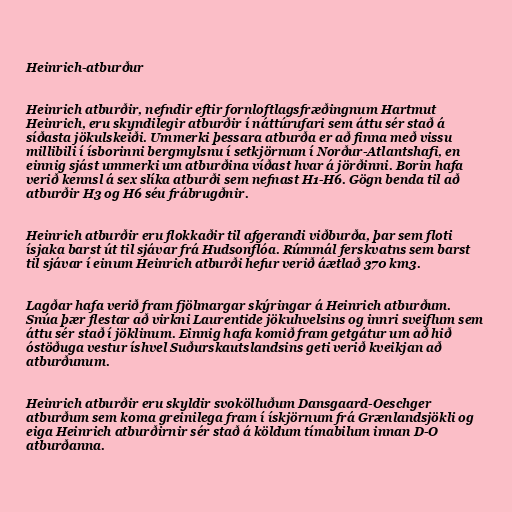
Heinrich-atburður

Heinrich atburðir, nefndir eftir fornloftlagsfræðingnum Hartmut
Heinrich, eru skyndilegir atburðir í náttúrufari sem áttu sér stað á
síðasta jökulskeiði. Ummerki þessara atburða er að finna með vissu
millibili í ísborinni bergmylsnu í setkjörnum í Norður-Atlantshafi, en
einnig sjást ummerki um atburðina víðast hvar á jörðinni. Borin hafa
verið kennsl á sex slíka atburði sem nefnast H1-H6. Gögn benda til að
atburðir H3 og H6 séu frábrugðnir.

Heinrich atburðir eru flokkaðir til afgerandi viðburða, þar sem floti
ísjaka barst út til sjávar frá Hudsonflóa. Rúmmál ferskvatns sem barst
til sjávar í einum Heinrich atburði hefur verið áætlað 370 km3.

Lagðar hafa verið fram fjölmargar skýringar á Heinrich atburðum.
Snúa þær flestar að virkni Laurentide jökuhvelsins og innri sveiflum sem
áttu sér stað í jöklinum. Einnig hafa komið fram getgátur um að hið
óstöðuga vestur íshvel Suðurskautslandsins geti verið kveikjan að
atburðunum.

Heinrich atburðir eru skyldir svokölluðum Dansgaard-Oeschger
atburðum sem koma greinilega fram í ískjörnum frá Grænlandsjökli og
eiga Heinrich atburðirnir sér stað á köldum tímabilum innan D-O
atburðanna.